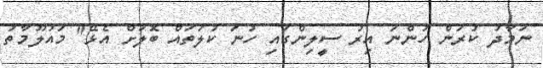
ނަމާދު ކުރަން ހުންނަ އިރު ސީލިންގައި ހުނަ ކުލަތައް ބޮލަށް އެޅޭ" މައުލޫމާތު